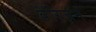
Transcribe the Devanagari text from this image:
वेरिज़ंन